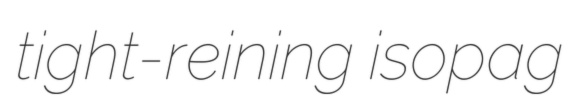
tight-reining isopag